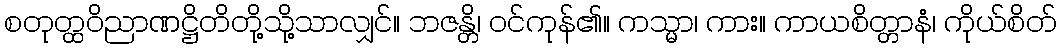
စတုတ္ထဝိညာဏဋ္ဌိတိတို့သို့သာလျှင်။ ဘဇန္တိ၊ ဝင်ကုန်၏။ ကသ္မာ၊ ကား။ ကာယစိတ္တာနံ၊ ကိုယ်စိတ်